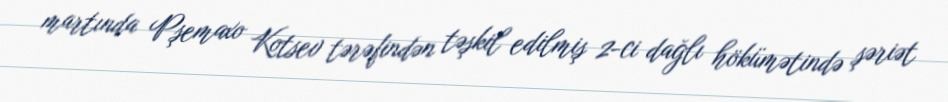
martında Pşemaxo Kotsev tərəfindən təşkil edilmiş 2-ci dağlı hökümətində şəriət